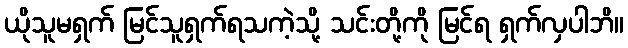
ယိုသူမရှက် မြင်သူရှက်ရသကဲ့သို့ သင်းတို့ကို မြင်ရ ရှက်လှပါဘိ။